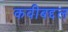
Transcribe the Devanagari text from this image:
कवीबद्दल